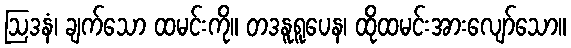
ဩဒနံ၊ ချက်သော ထမင်းကို။ တဒနူရူပေန၊ ထိုထမင်းအားလျော်သော။